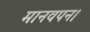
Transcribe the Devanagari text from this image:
मानवपन।